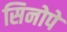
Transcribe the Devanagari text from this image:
सिनोपे